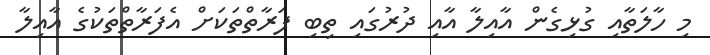
މި ހާލަތާއި ގުޅިގެން އާއިލާ އާއި ދުރުގައި ތިބި ފަރާތްތަކަށް އެފަރާތްތަކުގެ އާއިލާ